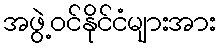
အဖွဲ့ဝင်နိုင်ငံများအား